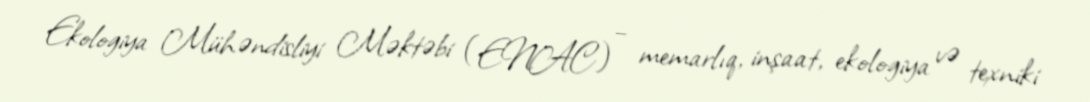
Ekologiya Mühəndisliyi Məktəbi (ENAC) – memarlıq, inşaat, ekologiya və texniki